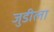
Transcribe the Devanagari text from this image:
जुडीला